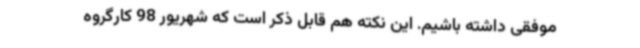
موفقی داشته باشیم. این نکته هم قابل ذکر است که شهریور 98 کارگروه